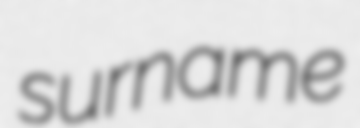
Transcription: surname